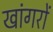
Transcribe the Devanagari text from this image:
खांगरों